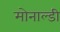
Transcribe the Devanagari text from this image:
मोनाल्डी